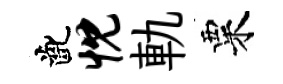
齔忱軌粟